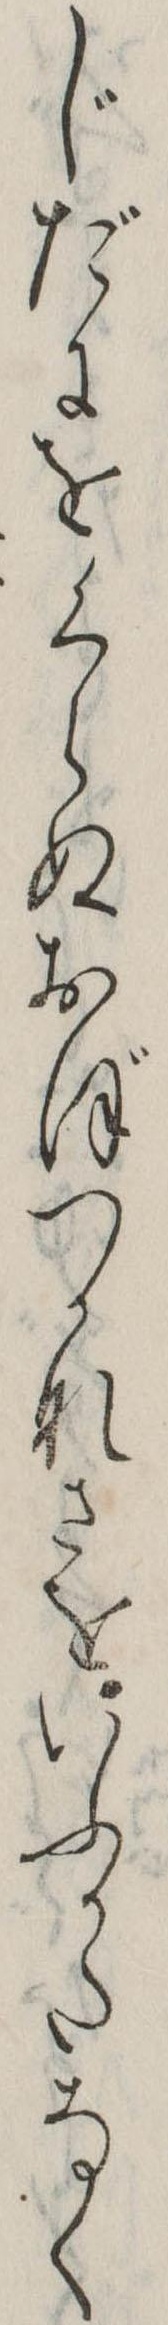
じだにをくらぬおぼつかなさをいふかたなく